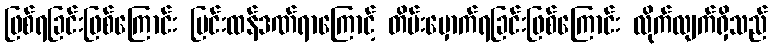
ဖြစ်ရခြင်းဖြစ်ကြောင်း ပြင်းထန်ဒဏ်ရာကြောင့် တိမ်းမှောက်ရခြင်းဖြစ်ကြောင်း လိုက်လျက်ရှိသည်